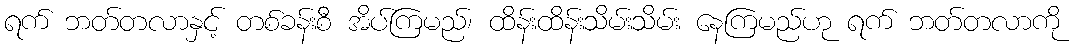
ရက် ဘတ်တလာနှင့် တစ်ခန်းစီ အိပ်ကြမည်၊ ထိန်းထိန်းသိမ်းသိမ်း နေကြမည်ဟု ရက် ဘတ်တလာကို